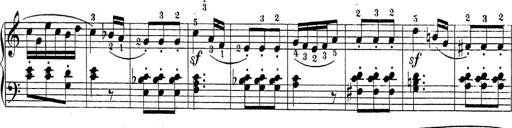
Title: Sonatina Album
Composer: Louis KÃ¶hler